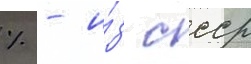
% - и́з ссср